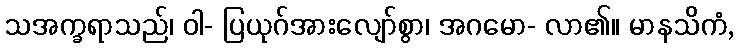
သအက္ခရာသည်၊ ဝါ- ပြယုဂ်အားလျော်စွာ၊ အဂမော- လာ၏။ မာနသိကံ,